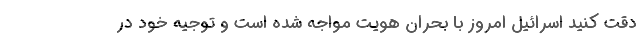
دقت کنید اسرائیل امروز با بحران هویت مواجه شده است و توجیه خود در